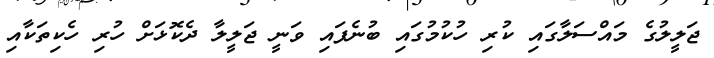
ޖަލީލުގެ މައްސަލާގައި ކުރި ހުކުމުގައި ބުނެފައި ވަނީ ޖަލީލާ ދެކޮޅަށް ހުރި ހެކިތަކާއި